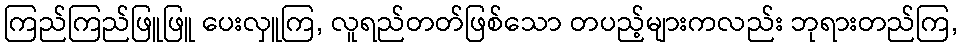
ကြည်ကြည်ဖြူဖြူ ပေးလှူကြ, လူရည်တတ်ဖြစ်သော တပည့်များကလည်း ဘုရားတည်ကြ,